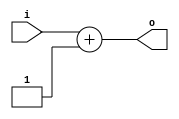
module pc_adder_3bit (
    input wire [2:0] i,
    output wire [2:0] o
);
assign o = i + 1;
endmodule